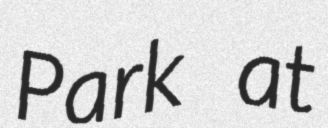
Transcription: Park at